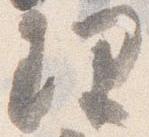
理